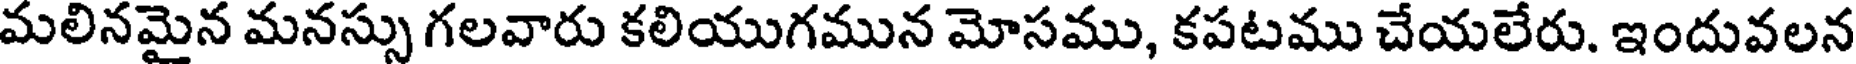
మలినమైన మనస్సు గలవారు కలియుగమున మోసము, కపటము చేయలేరు. ఇందువలన